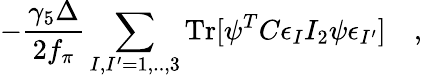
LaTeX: -\frac{\gamma_{5}\Delta}{2f_{\pi}}\sum_{I,I^{\prime}=1,..,3}\mathrm{Tr}[\psi^{T}C\epsilon_{I}I_{2}\psi\epsilon_{I^{\prime}}]\quad,